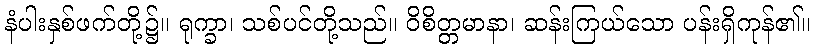
နံပါးနှစ်ဖက်တို့၌။ ရုက္ခာ၊ သစ်ပင်တို့သည်။ ဝိစိတ္တမာနာ၊ ဆန်းကြယ်သော ပန်းရှိကုန်၏။